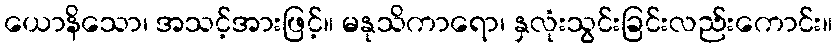
ယောနိသော၊ အသင့်အားဖြင့်။ မနုသိကာရော၊ နှလုံးသွင်းခြင်းလည်းကောင်း။